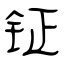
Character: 钲